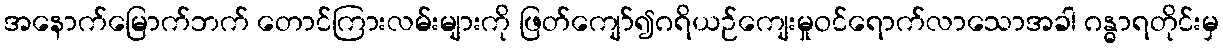
အနောက်မြောက်ဘက် တောင်ကြားလမ်းများကို ဖြတ်ကျော်၍ဂရိယဉ်ကျေးမှုဝင်ရောက်လာသောအခါ ဂန္ဓာရတိုင်းမှ